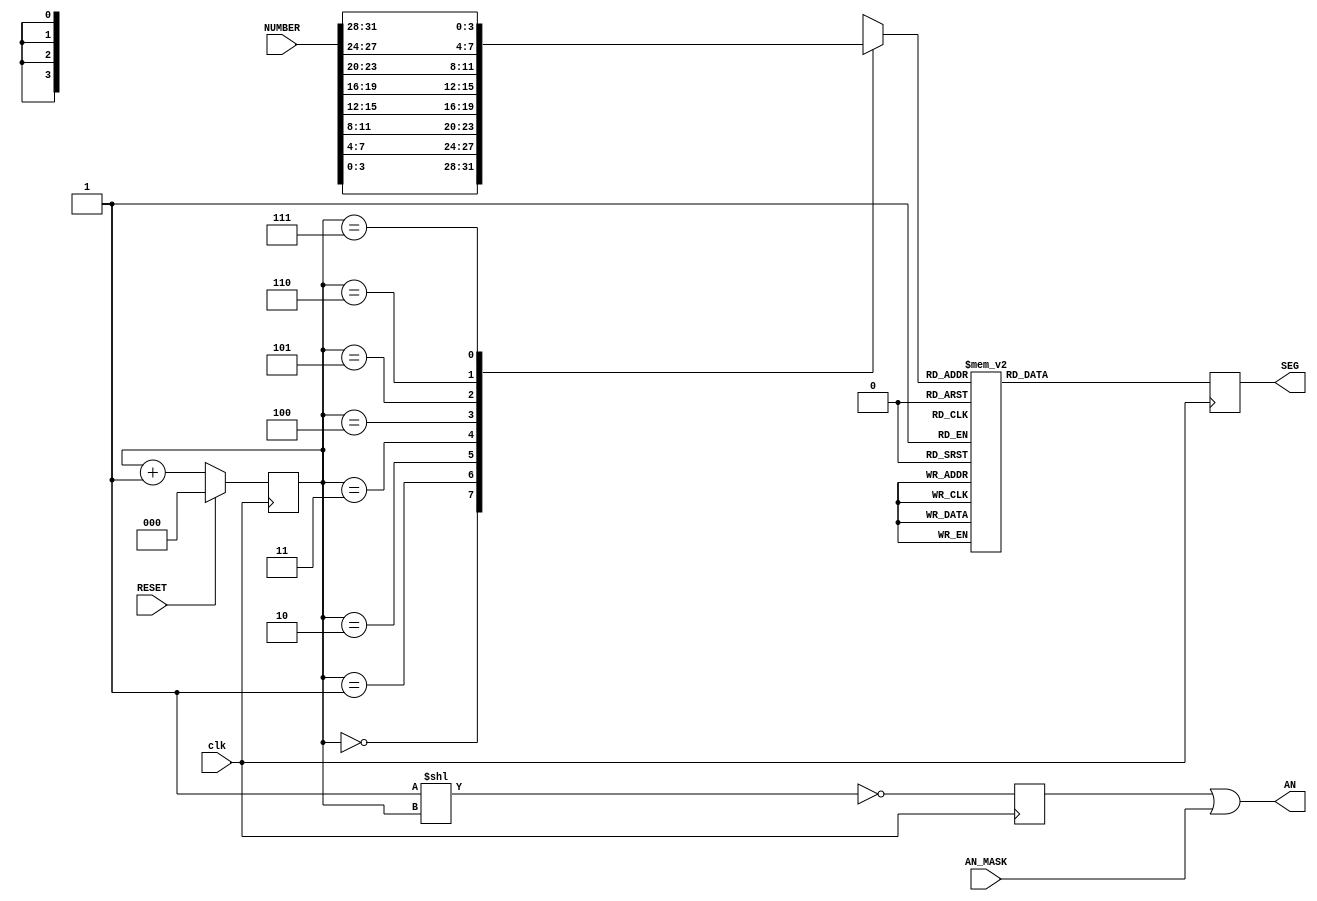
module seven_segment_led(
    input [7:0] AN_MASK,
    input [31:0] NUMBER,
    input RESET,
    input clk,
    output [7:0] AN,
    output reg [7:0] SEG);

reg [7:0] AN_REG = 0;
wire [3:0] NUMBER_SPLITTER [0:7];
reg [2:0] digit_pos = 0;

genvar i;
generate
    for (i = 0; i < 8; i = i + 1)
    begin
        assign NUMBER_SPLITTER[i] = NUMBER[((i+1)*4-1)-:4];
    end
endgenerate

assign AN = AN_REG | AN_MASK;

always@(posedge clk)
    digit_pos <= RESET ? 0: digit_pos + 3'b1;

always@(posedge clk)
begin
    case (NUMBER_SPLITTER[digit_pos])
        4'h0: SEG <= 8'b11000000;
        4'h1: SEG <= 8'b11111001;
        4'h2: SEG <= 8'b10100100;
        4'h3: SEG <= 8'b10110000;
        4'h4: SEG <= 8'b10011001;
        4'h5: SEG <= 8'b10010010;
        4'h6: SEG <= 8'b10000010;
        4'h7: SEG <= 8'b11111000;
        4'h8: SEG <= 8'b10000000;
        4'h9: SEG <= 8'b10010000;
        4'ha: SEG <= 8'b10001000;
        4'hb: SEG <= 8'b10000011;
        4'hc: SEG <= 8'b11000110;
        4'hd: SEG <= 8'b10100001;
        4'he: SEG <= 8'b10000110;
        4'hf: SEG <= 8'b10001110;
        default: SEG <= 8'b11111111;
    endcase
    
    AN_REG <= ~(8'd1 << digit_pos);
end

endmodule